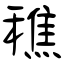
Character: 穛